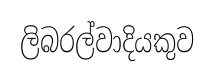
ලිබරල්වාදියකුව